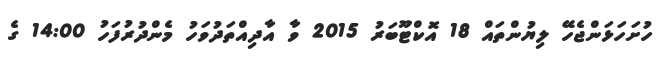
ހުށަހަޅަންޖެހޭ ލިޔުންތައް 18 އޮކްޓޫބަރު 2015 ވާ އާދިއްތަދުވަހު މެންދުރުފަހު 14:00 ގެ